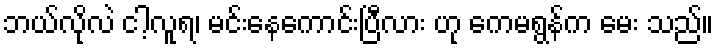
ဘယ်လိုလဲ ငါ့လူရ၊ မင်းနေကောင်းပြီလား ဟု ကေမရွန်က မေး သည်။